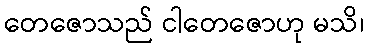
တေဇောသည် ငါတေဇောဟု မသိ၊